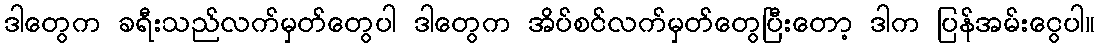
ဒါတွေက ခရီးသည်လက်မှတ်တွေပါ ဒါတွေက အိပ်စင်လက်မှတ်တွေပြီးတော့ ဒါက ပြန်အမ်းငွေပါ။